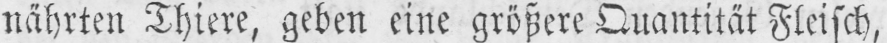
nährten Thiere, geben eine größere Quantität Fleisch,